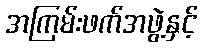
အကြမ်းဖက်အဖွဲ့နှင့်